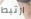
ارتبط